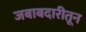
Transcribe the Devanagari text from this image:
जबाबदारीतून